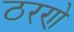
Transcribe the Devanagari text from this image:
ठरणे